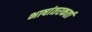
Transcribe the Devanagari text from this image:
भाषांतरकर्ता